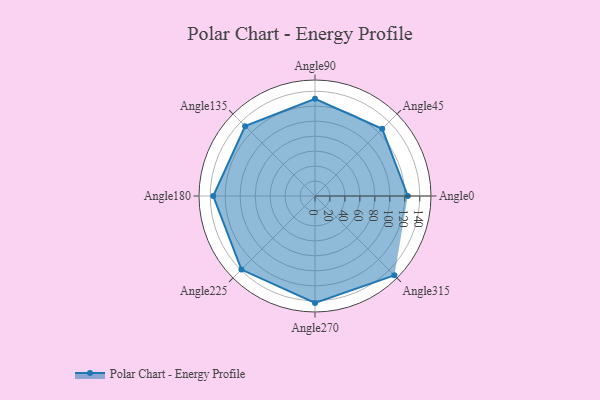
{"axis": {"x": "Angle", "y": "Radius"}, "legend": [""], "data": [{"x": "Angle0", "y": 124.0, "type": ""}, {"x": "Angle45", "y": 127.0, "type": ""}, {"x": "Angle90", "y": 130.0, "type": ""}, {"x": "Angle135", "y": 132.0, "type": ""}, {"x": "Angle180", "y": 136.0, "type": ""}, {"x": "Angle225", "y": 139.0, "type": ""}, {"x": "Angle270", "y": 143.0, "type": ""}, {"x": "Angle315", "y": 150.0, "type": ""}]}